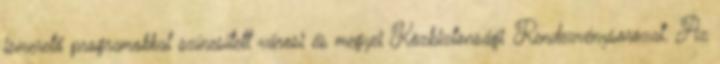
ismerető programokkal színesített városi és megyei Közbiztonsági Rendezvénysorozat. Az